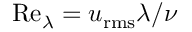
\mathrm { R e } _ { \lambda } = u _ { \mathrm { r m s } } \lambda / \nu